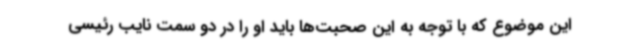
این موضوع که با توجه به این صحبت‌ها باید او را در دو سمت نایب رئیسی